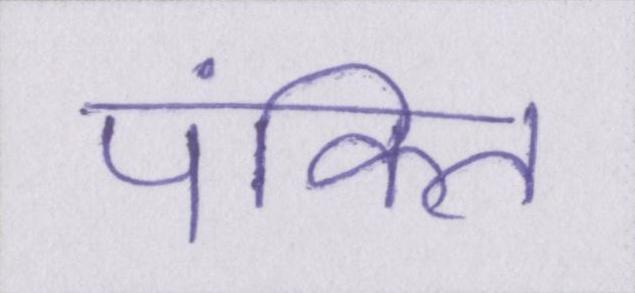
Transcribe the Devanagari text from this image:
पंक्ति